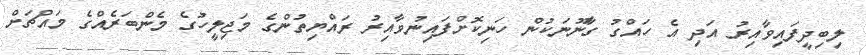
ލިބިދީފައިވާއިރު އަދި އެ ހައްގު ގާނޫނަކުން ހަނިކޮށްފައިނުވާއިރު ރައްޔިތުންގެ މަޖިލީހުގެ މެންބަރެއްގެ މައްޗަށް